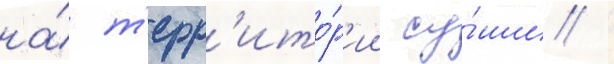
на́ т'ерр'ито́р'ии су́ши /